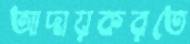
আদায়করতে